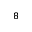
_ { 8 }